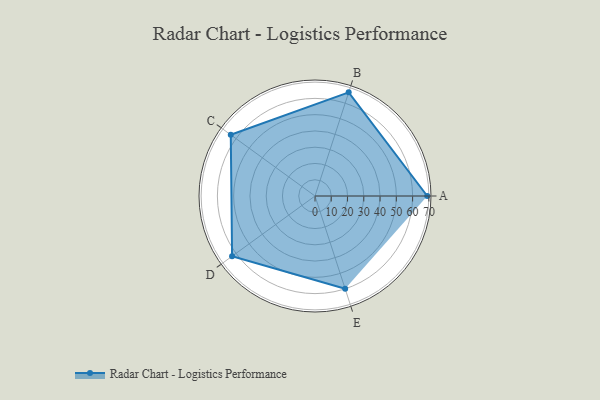
{"axis": {"x": "Skill", "y": "Score"}, "legend": ["Profile"], "data": [{"x": "A", "y": 69.0, "type": "Profile"}, {"x": "B", "y": 67.0, "type": "Profile"}, {"x": "C", "y": 64.0, "type": "Profile"}, {"x": "D", "y": 63.0, "type": "Profile"}, {"x": "E", "y": 60.0, "type": "Profile"}]}